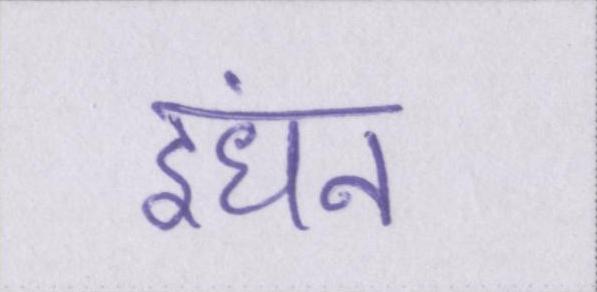
इंधन